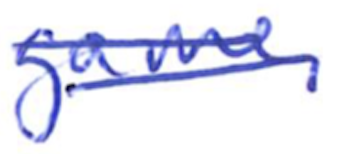
Text: game.
Cross-out: double-line
Writing tool: ballpoint